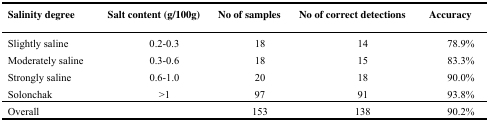
<table><thead><tr><td><b>Salinity degree</b></td><td><b>Salt content (g/100g)</b></td><td><b>No of samples</b></td><td><b>No of correct detections</b></td><td><b>Accuracy</b></td></tr></thead><tbody><tr><td>Slightly saline</td><td>0.2-0.3</td><td>18</td><td>14</td><td>78.9%</td></tr><tr><td>Moderately saline</td><td>0.3-0.6</td><td>18</td><td>15</td><td>83.3%</td></tr><tr><td>Strongly saline</td><td>0.6-1.0</td><td>20</td><td>18</td><td>90.0%</td></tr><tr><td>Solonchak</td><td>&gt;1</td><td>97</td><td>91</td><td>93.8%</td></tr><tr><td>Overall</td><td></td><td>153</td><td>138</td><td>90.2%</td></tr></tbody></table>